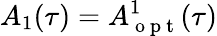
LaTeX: A_{1}(\tau)=A_{\mathrm{~o~p~t~}}^{1}(\tau)